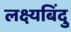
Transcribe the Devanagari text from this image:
लक्ष्यबिंदु